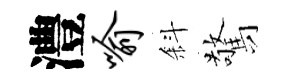
澧喻斜驚